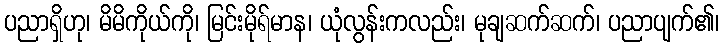
ပညာရှိဟု၊ မိမိကိုယ်ကို၊ မြင်းမိုရ်မာန၊ ယုံလွန်းကလည်း၊ မုချဆက်ဆက်၊ ပညာပျက်၏၊